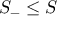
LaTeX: S _ { - } \leq S